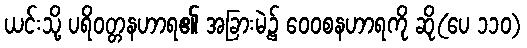
ယင်းသို့ ပရိဝတ္တနဟာရ၏ အခြားမဲ့၌ ဝေဝစနဟာရကို ဆို(ပေ ၁၁၀)